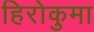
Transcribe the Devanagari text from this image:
हिरोकुमा